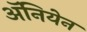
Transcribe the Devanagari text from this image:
अॅनियेन